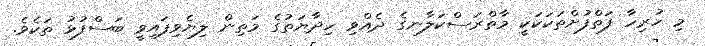
މި ހުރިހާ ފަތްފުށްތަކަކަކީ މާތްރަސްކަލާނގެ ދެއްވި ހިދާޔަތުގެ މަތިން ލިޔެވިފައިވީ ބަސްފުޅު ތަކެވެ.